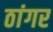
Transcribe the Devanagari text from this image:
ठांगर